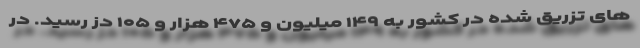
های تزریق شده در کشور به ۱۴۹ میلیون و ۴۷۵ هزار و ۱۰۵ دُز رسید. در